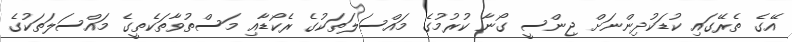
އޭގެ ތެރޭގައި ކުޑަކުދިންނަށް ޖިންސީ ގޯނާ ކުރުމުގެ މައްސަލަތަކުގެ ރެކޯޑާއި މަސްތުވާތަކެތީގެ މައްސަލަތަކުގެ